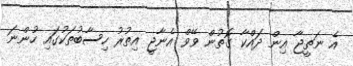
އެ ނަތީޖާ އިން ދައްކާ ގޮތުން ވޭވް އެނާޖީ އިތުރު ހިސާބުތަކުގައި ހުންނަ